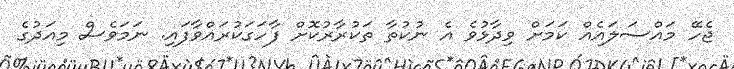
ޖެހޭ މައްސަލައެއް ކަމަށް ވިދާޅުވެ އެ ނުކުތާ ތަކުރާރުކޮށް ފާހަގަކުރައްވާފައި. ނަމަވެސް މިއަދުގެ